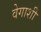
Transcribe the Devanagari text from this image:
वेगाशी